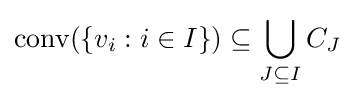
\operatorname {conv} (\{v_{i}:i\in I\})\subseteq \bigcup _{J\subseteq I}C_{J}